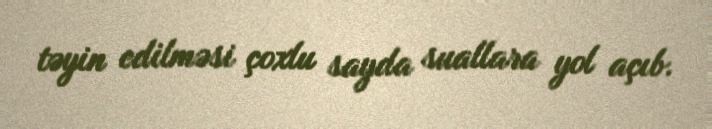
təyin edilməsi çoxlu sayda suallara yol açıb.